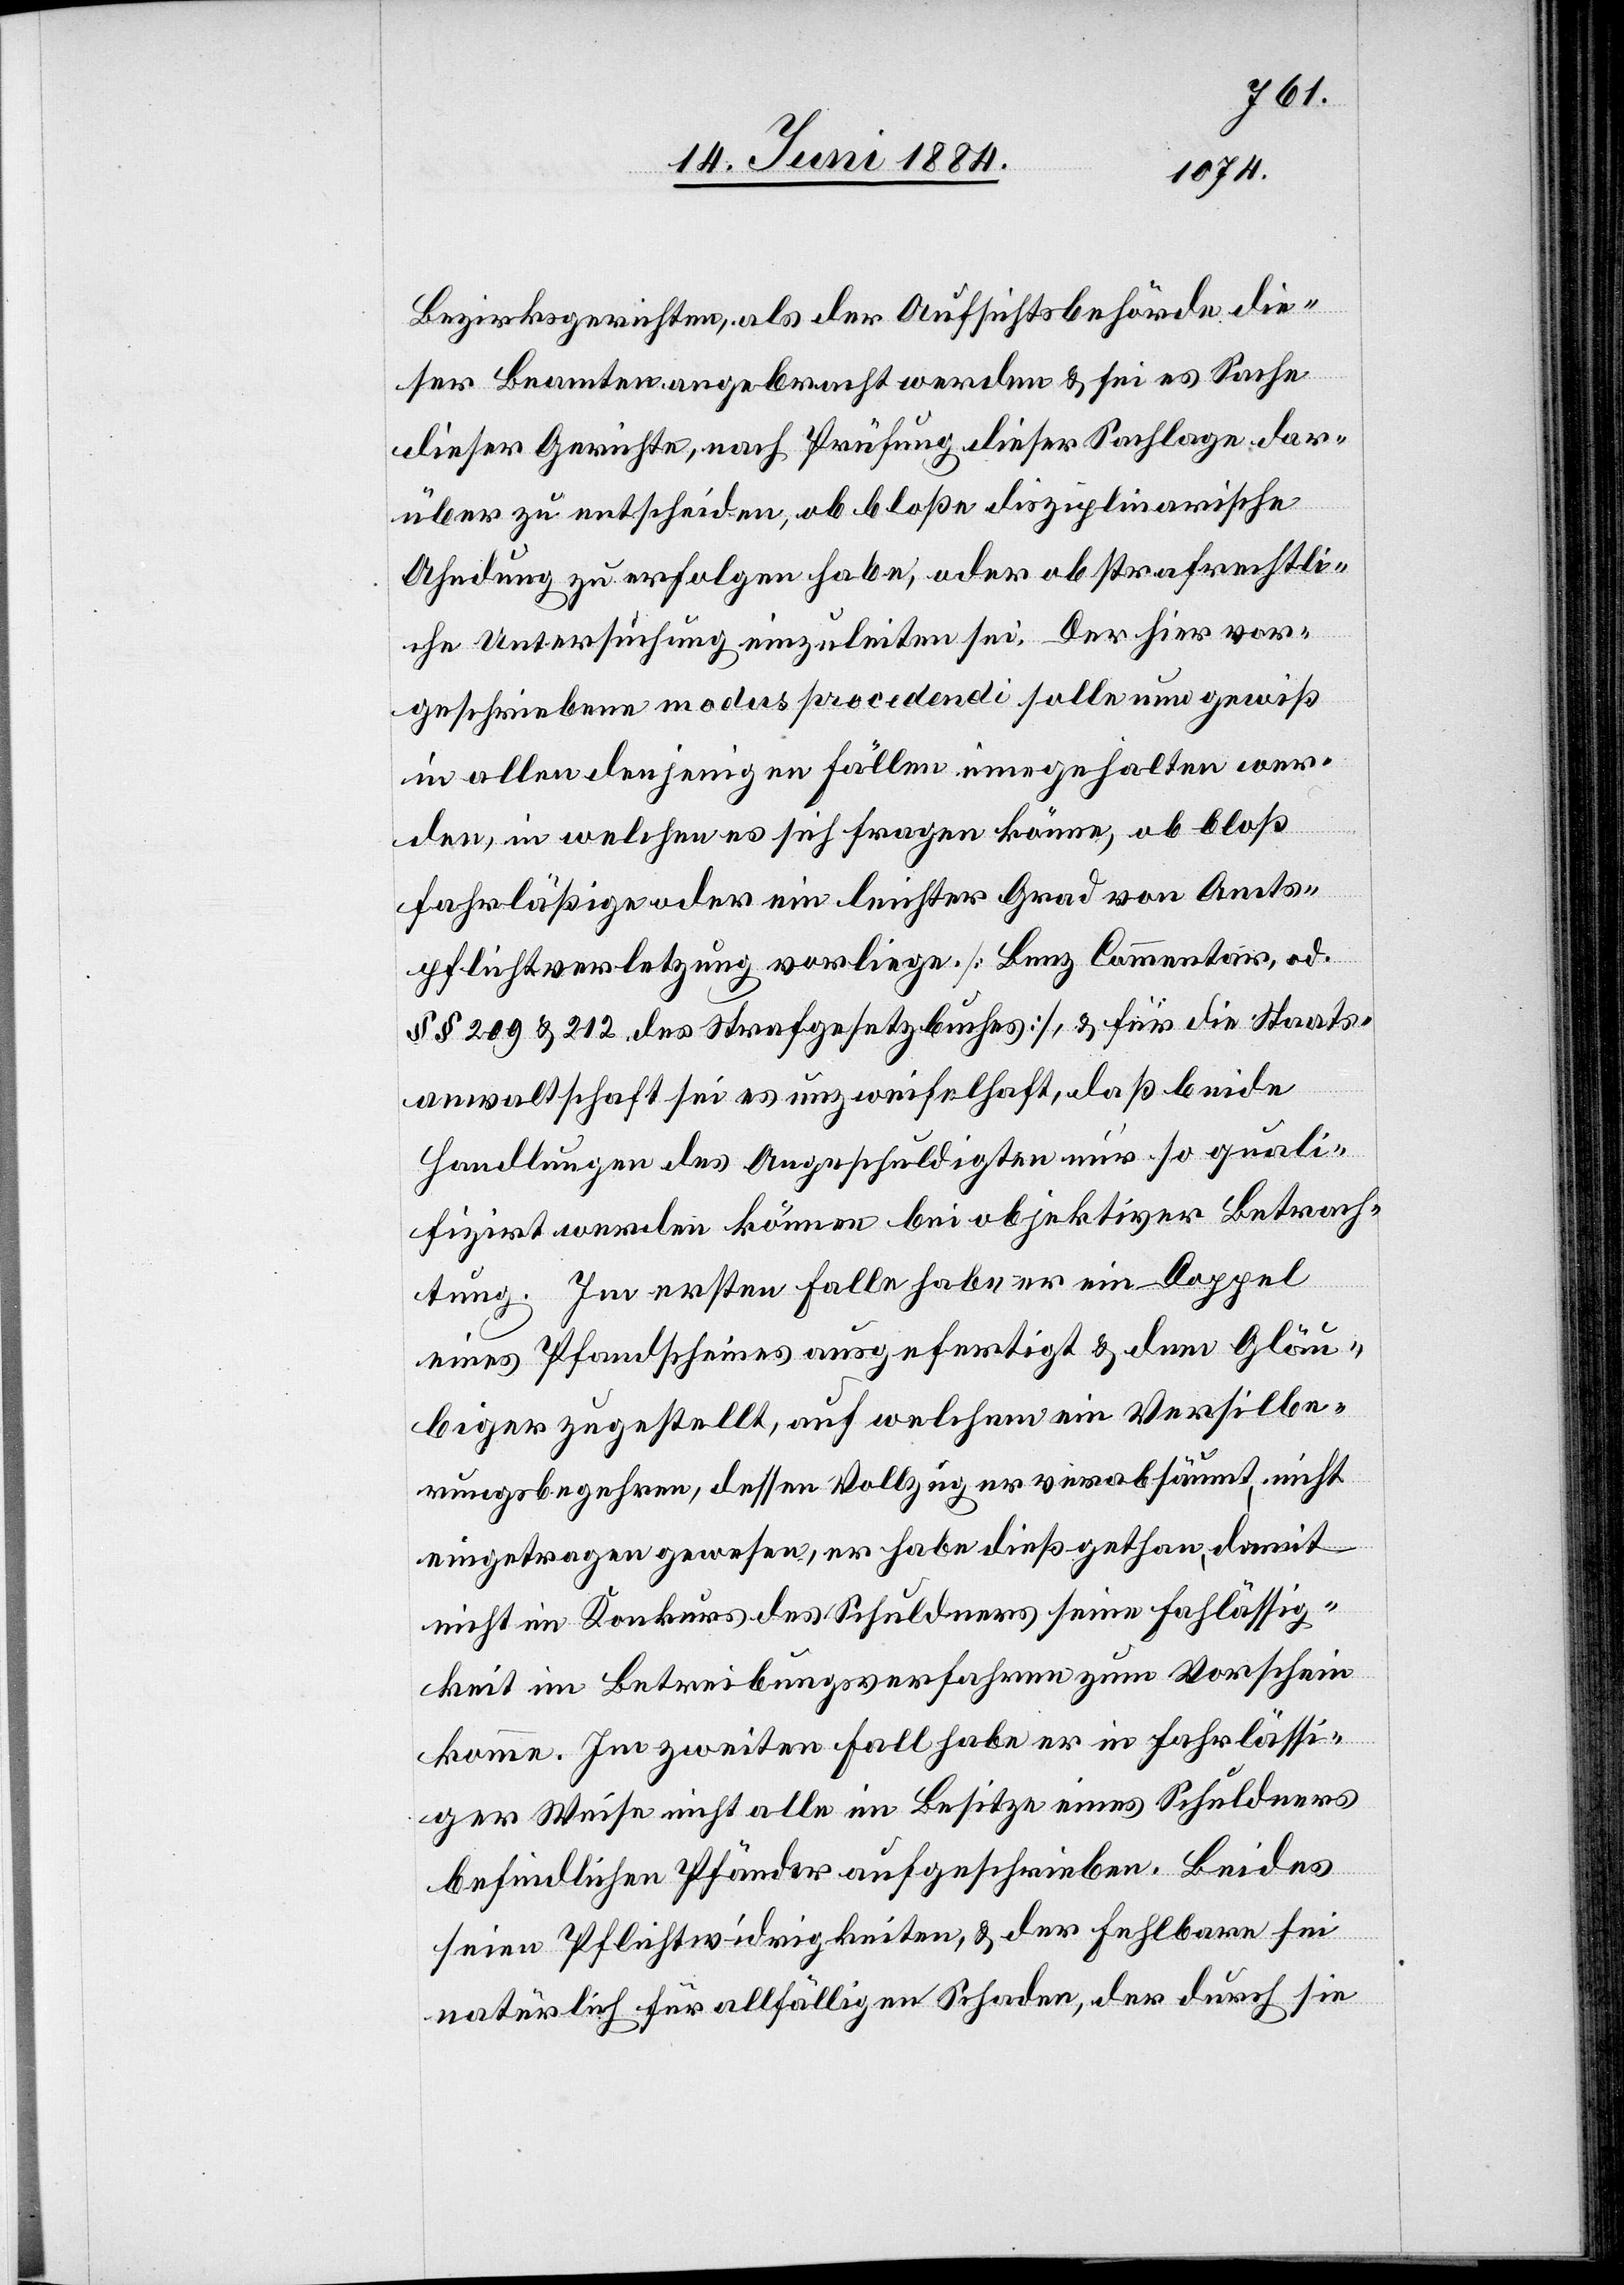
Bezirksgerichten, als der Aufsichtsbehörde die¬
ser Beamten angebracht werden & sei es Sache
dieser Gerichte, nach Prüfung dieser Sachlage dar¬
über zu urtheilen, ob bloße disziplinarische
Ahndung zu erfolgen habe, oder ob strafrechtli¬
che Untersuchung einzuleiten sei. Der hier vor¬
geschriebene modus porcedendi solle nun gewiß
in allen denjenigen Fällen eingehalten wer¬
den, in welchen es sich fragen könne, ob bloß
fahrläßige oder ein leichter Grad von Amts¬
pflichtverletzung vorliege. [Benz Commentar, od.
§§ 209 & 212 des Strafgesetzbuches], & für die Staats¬
anwaltschaft sei es unzweifelhaft, daß beide
Handlungen des Angeschuldigten nur so quali¬
fizirt werden können bei objektiver Betrach¬
tung. Im ersten Falle habe er ein Doppel
eines Pfandscheines ausgefertigt & dem Gläu¬
biger zugestellt, auf welchem ein Versilbe¬
rungsbegehren, dessen Vollzug er verabsäumt nicht
eingetragen gewesen, er habe dieß gethan, damit
nicht im Konkurs des Schuldners seine Fah[r]lässig¬
keit im Betreibungsverfahren zum Vorschein
komme. Im zweiten Fall habe er in fahrlässi¬
ger Weise nicht alle im Besitze eines Schuldners
befindlichen Pfänder aufgeschrieben. Beides
seien Pflichtwidrigkeiten, & der Fehlbare sei
natürlich für allfälligen Schaden, der durch sie